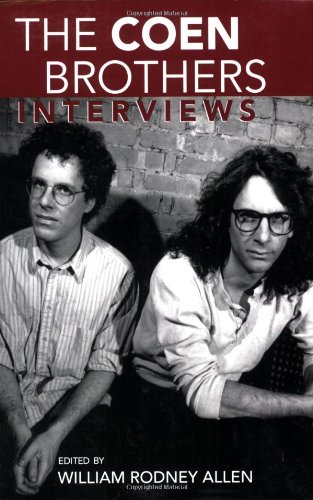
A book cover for The Coen Brothers: Interviews (Conversations with Filmmakers Series); Humor & Entertainment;